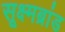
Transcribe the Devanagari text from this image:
सूक्ष्मब्रांड